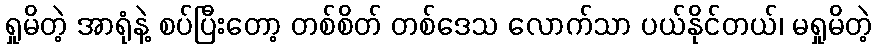
ရှုမိတဲ့ အာရုံနဲ့ စပ်ပြီးတော့ တစ်စိတ် တစ်ဒေသ လောက်သာ ပယ်နိုင်တယ်၊ မရှုမိတဲ့